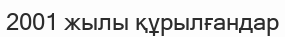
2001 жылы құрылғандар